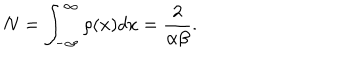
N = \int _ { - \infty } ^ { \infty } \rho ( x ) d x = \frac { 2 } { \alpha \beta } .